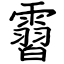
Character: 霫